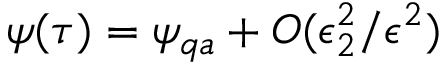
\psi ( \tau ) = \psi _ { q a } + O ( \epsilon _ { 2 } ^ { 2 } / \epsilon ^ { 2 } )